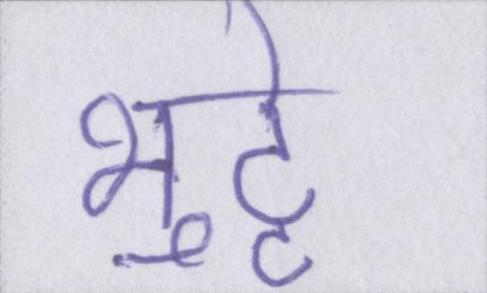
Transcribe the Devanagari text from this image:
भुट्टे